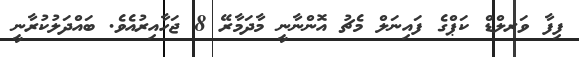
ފިފާ ވަރލްޑް ކަޕްގެ ފައިނަލް މެޗު އޮންނާނީ މާދަމާރޭ 8 ޖަހާއިރުއެވެ. ބައްދަލުކުރާނީ